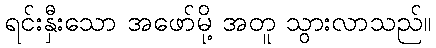
ရင်းနှီးသော အဖော်မို့ အတူ သွားလာသည်။